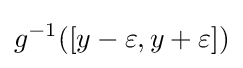
g^{-1}([y-\varepsilon ,y+\varepsilon ])